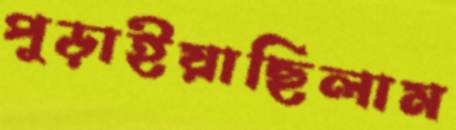
পুড়াইয়াছিলাম